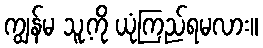
ကျွန်မ သူ့ကို ယုံကြည်ရမလား။